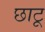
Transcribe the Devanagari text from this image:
छाटू